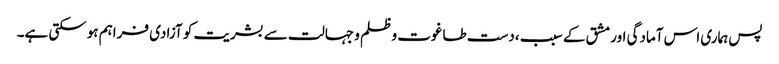
پس ہماری اس آمادگی اور مشق کے سبب ،دست طاغوت و ظلم و جہالت سے بشریت کو آزادی فراہم ہوسکتی ہے۔